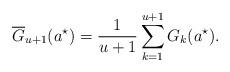
LaTeX: \begin{align*}\overline{G}_{u+1}(a^\star) = \frac 1 {u+1} \sum_{k=1}^{u+1} G_k(a^\star). \end{align*}